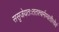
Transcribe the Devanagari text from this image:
ससृजेयतःततश्चर्मण्वतीत्येवं